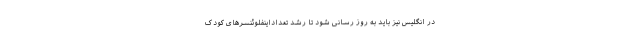
در انگلیس نیز باید به روز رسانی شود تا رشد تعداداینفلوئنسرهای کودک